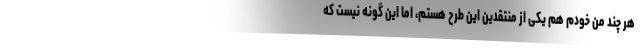
هر چند من خودم هم یکی از منتقدین این طرح هستم، اما این گونه نیست که